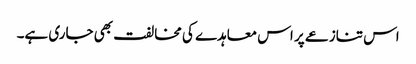
اس تنازعے پر اس معاہدے کی مخالفت بھی جاری ہے۔